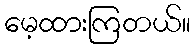
မေ့ထားကြတယ်။